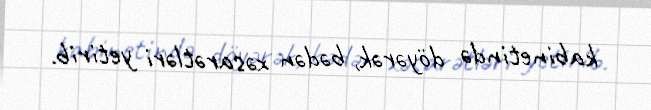
kabinetində döyərək, bədən xəsarətləri yetirib.